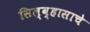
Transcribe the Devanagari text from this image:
सिल्व्हासाचे